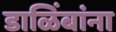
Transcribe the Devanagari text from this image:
डाळिंबांना